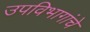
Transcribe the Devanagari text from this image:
उपविभागांचे